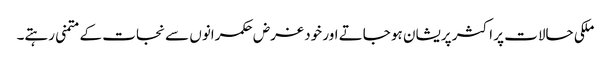
ملکی حالات پر اکثر پریشان ہو جاتے اور خود غرض حکمرانوں سے نجات کے متمنی رہتے۔